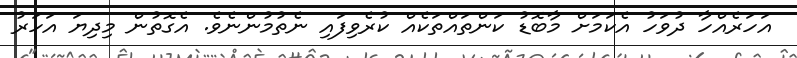
އަހަރެއްހާ ދުވަހު އެކަމަށް މާބޮޑު ކަންތައްތަކެއް ކުރެވިފައި ނެތުމުންނެވެ. އެގޮތުން މިދިޔަ އަހަރު